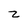
Character: z